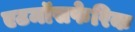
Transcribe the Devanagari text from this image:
एटमॉसफेरिक